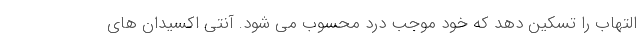
التهاب را تسکین دهد که خود موجب درد محسوب می شود. آنتی اکسیدان های